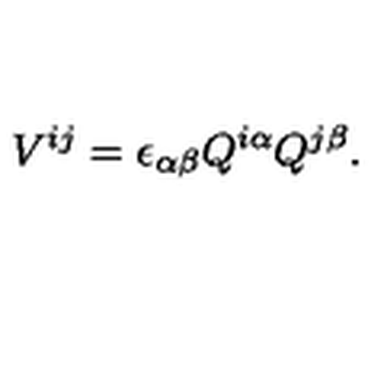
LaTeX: V ^ { i j } = \epsilon _ { \alpha \beta } Q ^ { i \alpha } Q ^ { j \beta } .